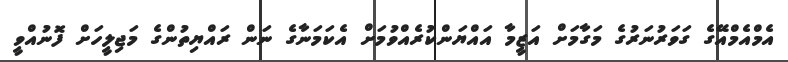
އެމްއެމްއޭގެ ގަވަރުނަރުގެ މަގާމަށް އަޒީމާ އައްޔަންކުރެއްވުމަށް އެކަމަނާގެ ނަން ރައްޔިތުންގެ މަޖިލީހަށް ފޮނުއްވީ